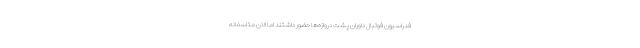
فدراسیون فوتبال داوران پشت دروازه‌ها حضور داشتند اما الان متاسفانه